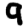
Digit: 9